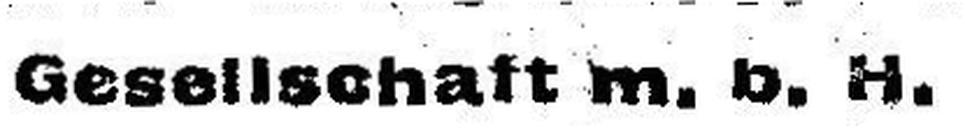
Gesellschaft m.b.H.